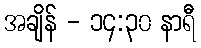
အချိန် - ၁၄:၃၀ နာရီ